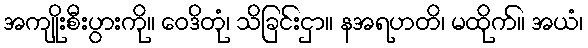
အကျိုးစီးပွားကို။ ဝေဒိတုံ၊ သိခြင်းငှာ။ နအရဟတိ၊ မထိုက်။ အယံ၊